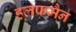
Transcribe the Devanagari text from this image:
हलफमैन